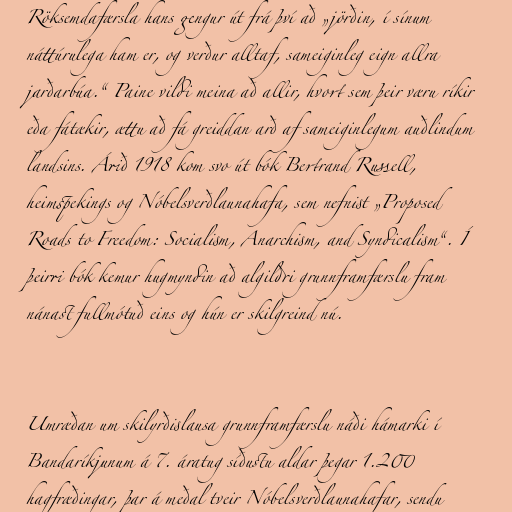
Röksemdafærsla hans gengur út frá því að „jörðin, í sínum
náttúrulega ham er, og verður alltaf, sameiginleg eign allra
jarðarbúa.“ Paine vildi meina að allir, hvort sem þeir væru ríkir
eða fátækir, ættu að fá greiddan arð af sameiginlegum auðlindum
landsins. Árið 1918 kom svo út bók Bertrand Russell,
heimspekings og Nóbelsverðlaunahafa, sem nefnist „Proposed
Roads to Freedom: Socialism, Anarchism, and Syndicalism“. Í
þeirri bók kemur hugmyndin að algildri grunnframfærslu fram
nánast fullmótuð eins og hún er skilgreind nú.

Umræðan um skilyrðislausa grunnframfærslu náði hámarki í
Bandaríkjunum á 7. áratug síðustu aldar þegar 1.200
hagfræðingar, þar á meðal tveir Nóbelsverðlaunahafar, sendu